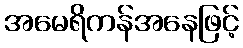
အမေရိကန်အနေဖြင့်